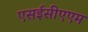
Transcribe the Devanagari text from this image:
एसईसीएएम